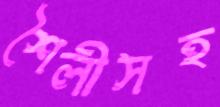
শৈলীসহ